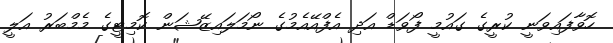
ހޮވާފައިވަނީ ކުރީގެ ގައުމީ ފޯވަޑް އަދި އެފްއޭއެމުގެ ނޯމަލައިޒޭޝަން ކޮމިޓީގެ މެމްބަރު އަލީ